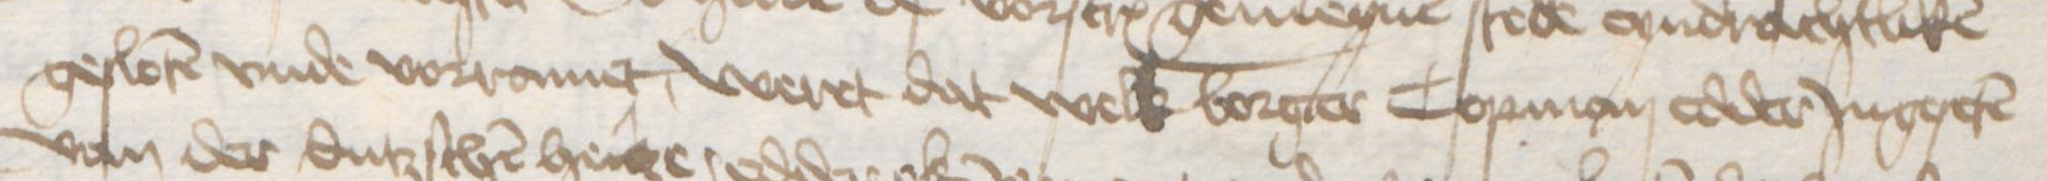
Transcription: gesloten vnde vorramet, weret dat welk borger Copman edder Jngeseten